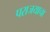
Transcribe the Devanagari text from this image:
पराजयाचा